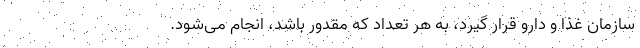
سازمان غذا و دارو قرار گیرد، به هر تعداد که مقدور باشد، انجام می‌شود.